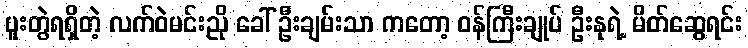
ပူးတွဲရရှိတဲ့ လက်ဝဲမင်းညို ခေါ် ဦးချမ်းသာ ကတော့ ဝန်ကြီးချုပ် ဦးနုရဲ့ မိတ်ဆွေရင်း